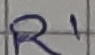
Text: R1